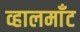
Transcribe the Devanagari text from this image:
व्हालमाँट